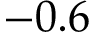
- 0 . 6